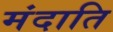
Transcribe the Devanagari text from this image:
मंदाति